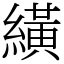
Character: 䌙